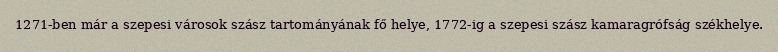
1271-ben már a szepesi városok szász tartományának fő helye, 1772-ig a szepesi szász kamaragrófság székhelye.